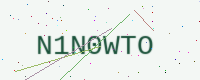
Text: N1N0WTO